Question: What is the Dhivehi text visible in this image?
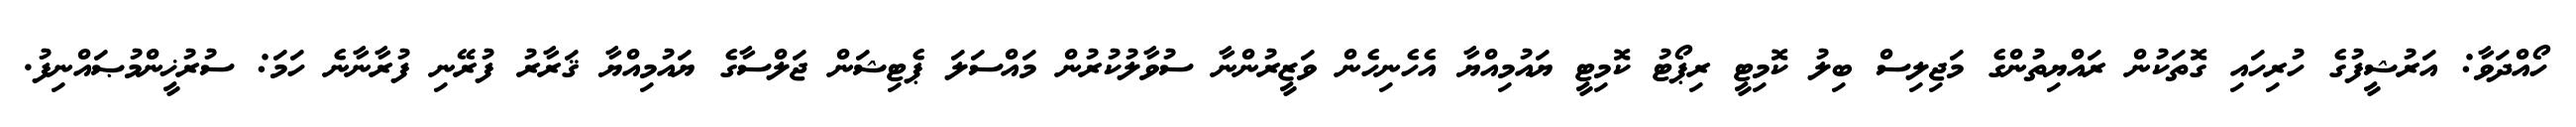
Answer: ހޯއްދަވާ: އަރުޝީފުގެ ހުރިހައި ގޮތަކުން ރައްޔިތުންގެ މަޖިލިސް ބިލު ކޮމިޓީ ރިޕޯޓު ކޮމިޓީ ޔައުމިއްޔާ އެހެނިހެން ވަޒީރުންނާ ސުވާލުކުރުން މައްސަލަ ޕެޓިޝަން ޖަލްސާގެ ޔައުމިއްޔާ ޤަރާރު ފުރޭނި ފުރާނާނެ ހަމަ: ސުރުޚީންމުޞައްނިފު.